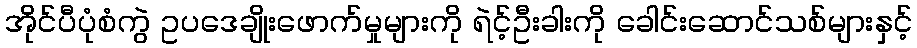
အိုင်ပီပုံစံကွဲ ဥပဒေချိုးဖောက်မှုများကို ရဲင့်ဦးခါးကို ခေါင်းဆောင်သစ်များနှင့်